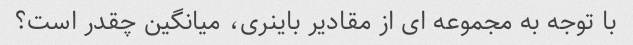
با توجه به مجموعه ای از مقادیر باینری، میانگین چقدر است؟